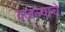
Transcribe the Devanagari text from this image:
वळल्याचे